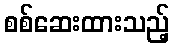
စစ်ဆေးထားသည့်